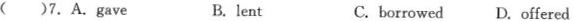
()7.A.Gave B.lent C.borrowed D.offered